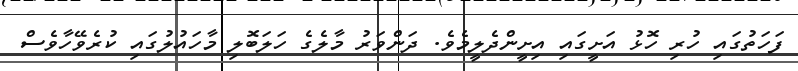
ފަހަތުގައި ހުރި ހޮޅު އަށީގައި އިށީންދެލީމެވެ. ދަންވަރު މާލެގެ ހަލަބޮލި މާހައުލުގައި ކުރެވޭހާވެސް